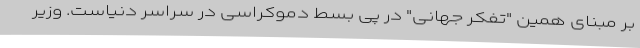
بر مبنای همین "تفکر جهانی" در پی بسط دموکراسی در سراسر دنیاست. وزیر